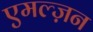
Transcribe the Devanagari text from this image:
एमल्ज़न